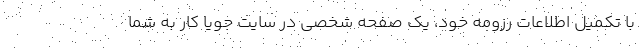
با تکمیل اطلاعات رزومه خود، یک صفحه شخصی در سایت جویا کار به شما